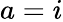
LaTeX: a=i